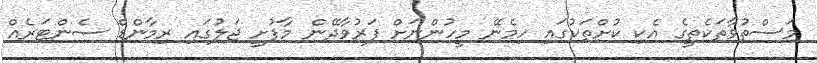
މަސްތުވާތަކެތީގެ އެކި ކުށްތަކުގައި ހިމެނޭ މީހުންނަށް ފަރުވާދޭން މާފުށީ ޖަލުގައި ރިމާންޑް ސެންޓަރެއް